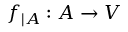
f _ { | A } : A \to V